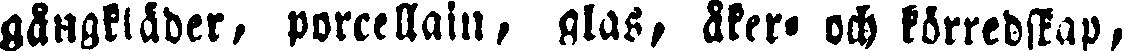
gångkläder, porcellain, glas, åker- och körredskap,